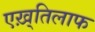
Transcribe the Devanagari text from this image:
एख़्तिलाफ